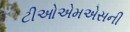
ટીઓએમએસની